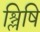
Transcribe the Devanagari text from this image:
श्लिषि